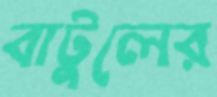
বাটুলের